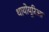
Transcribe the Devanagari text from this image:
थायोयूरिआ